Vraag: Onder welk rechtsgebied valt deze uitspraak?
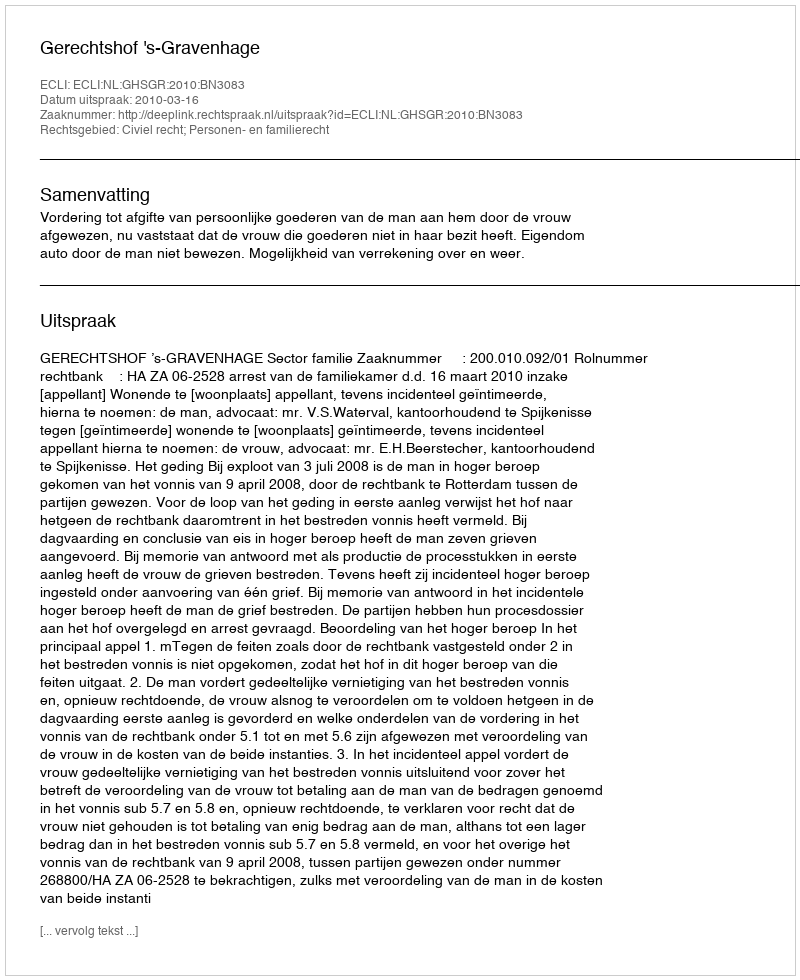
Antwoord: Civiel recht; Personen- en familierecht